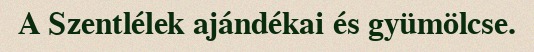
A Szentlélek ajándékai és gyümölcse.